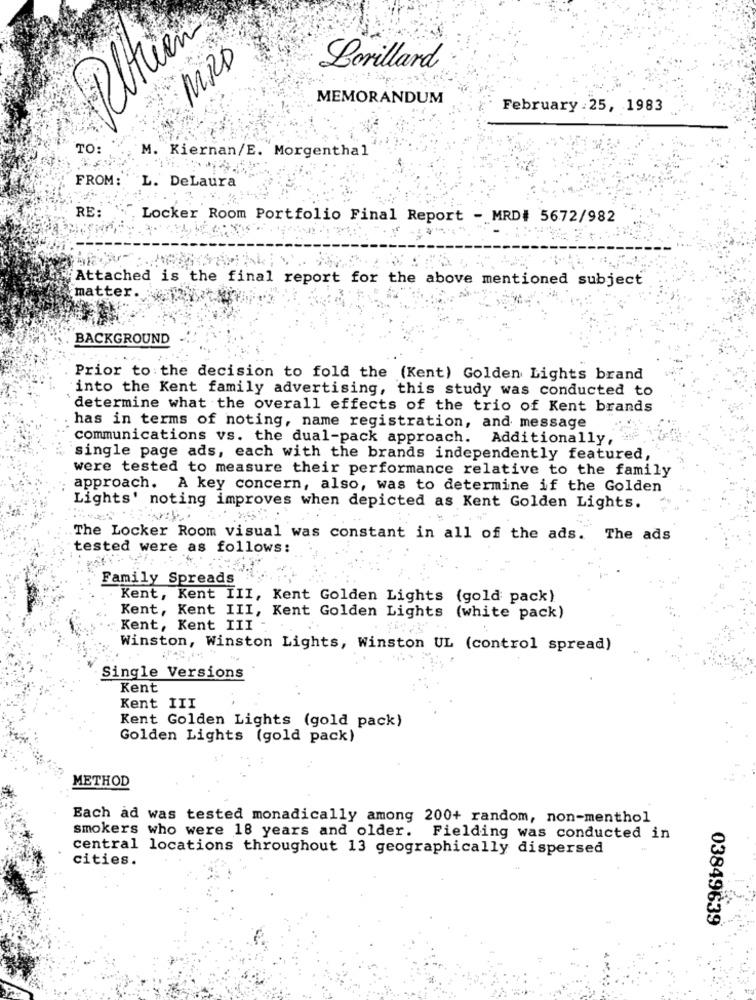
Pltien
MRD
Lorillard
MEMORANDUM
February : 25, 1983
TO-
M. Kiernan/E. Morgenthal
FROM:
`L. DeLaura
RE:
Locker Room Portfolio Final Report - MRD# 5672/982
matter.
Attached is the final report for the above mentioned subject
BACKGROUND
Prior to the decision to fold the (Kent) Golden Lights brand
into the Kent family advertising, this study was conducted to
determine what the overall effects of the trio of Kent brands
has in terms of noting, name registration, and message
communications vs. the dual-pack approach. Additionally,
single page ads, each with the brands independently featured,
were tested to measure their performance relative to the family
approach. A key concern, also, was to determine if the Golden
Lights' noting improves when depicted as Kent Golden Lights.
The Locker Room visual was constant in all of the ads.
The ads
tested were as follows:
Family Spreads
Kent, Kent III, Kent Golden Lights (gold pack)
Kent, Kent III, Kent Golden Lights (white pack)
Kent, Kent III
Winston, Winston Lights, Winston UL (control spread)
Single Versions
Kent
Kent III
Kent Golden Lights (gold pack)
Golden Lights (gold pack)
METHOD
Each ad was tested monadically among 200+ random, non-menthol
smokers who were 18 years and older. Fielding was conducted in
central locations throughout 13 geographically dispersed
cities.
03849639